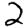
Digit: 2